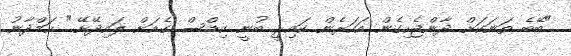
"ބޭބެ ތަނަކަށް ދާންޖެހިގެން އަހަރެން ކައިރީ ބުނީ ކިޑްސް ގެއަށް ލައިދޭށޭ." ހަމްދާނު